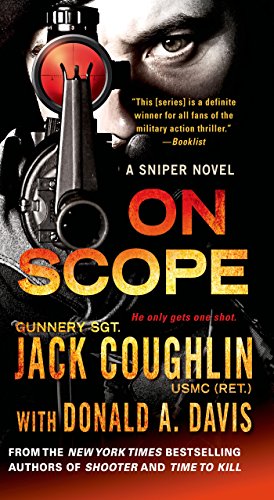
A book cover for On Scope: A Sniper Novel (Kyle Swanson Sniper Novels); Jack Coughlin; Literature & Fiction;